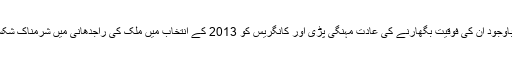
اس مسلسل جیت کے باوجود ان کی فوقیت بگھارنے کی عادت مہنگی پڑی اور کانگریس کو 2013 کے انتخاب میں ملک کی راجدھانی میں شرمناک شکست کا سامنا کرنا پڑا۔